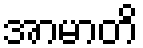
အာမာတိ